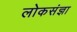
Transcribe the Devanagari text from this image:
लोकसंज्ञा